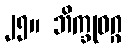
၂၅။ ဘိက္ခုဝဂ္ဂ